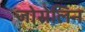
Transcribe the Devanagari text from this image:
जोसेलिन